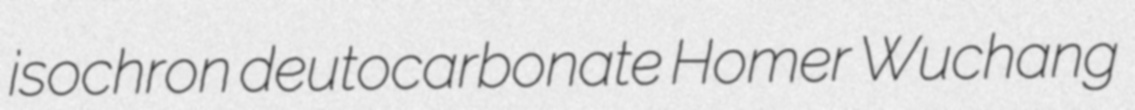
isochron deutocarbonate Homer Wuchang